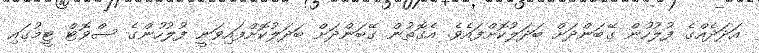
އަދަދެއްގެ ފުލުހުން ގޭބަންދަށް ބަދަލުކޮށްފައެވެ. އެގޮތުން ގޭބަންދަށް ބަދަލުކޮށްފައިވަނީ ފުލުހުންގެ ސްވޮޓް ޓީމުގައި